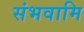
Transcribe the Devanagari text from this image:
संभवामि